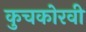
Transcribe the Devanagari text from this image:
कुचकोरवी